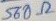
Text: 560Ω